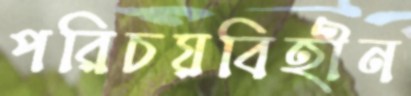
পরিচয়বিহীন